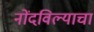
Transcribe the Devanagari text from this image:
नोंदविल्याचा